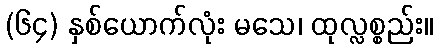
(၆၄) နှစ်ယောက်လုံး မသေ၊ ထုလ္လစ္စည်း။